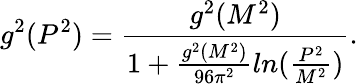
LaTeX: g^{2}(P^{2})=\frac{g^{2}(M^{2})}{1+\frac{g^{2}(M^{2})}{96\pi^{2}}ln(\frac{P^{2}}{M^{2}})}.